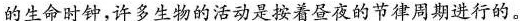
生命时钟，许多生物的活动是按着昼夜的节律周期进行的。